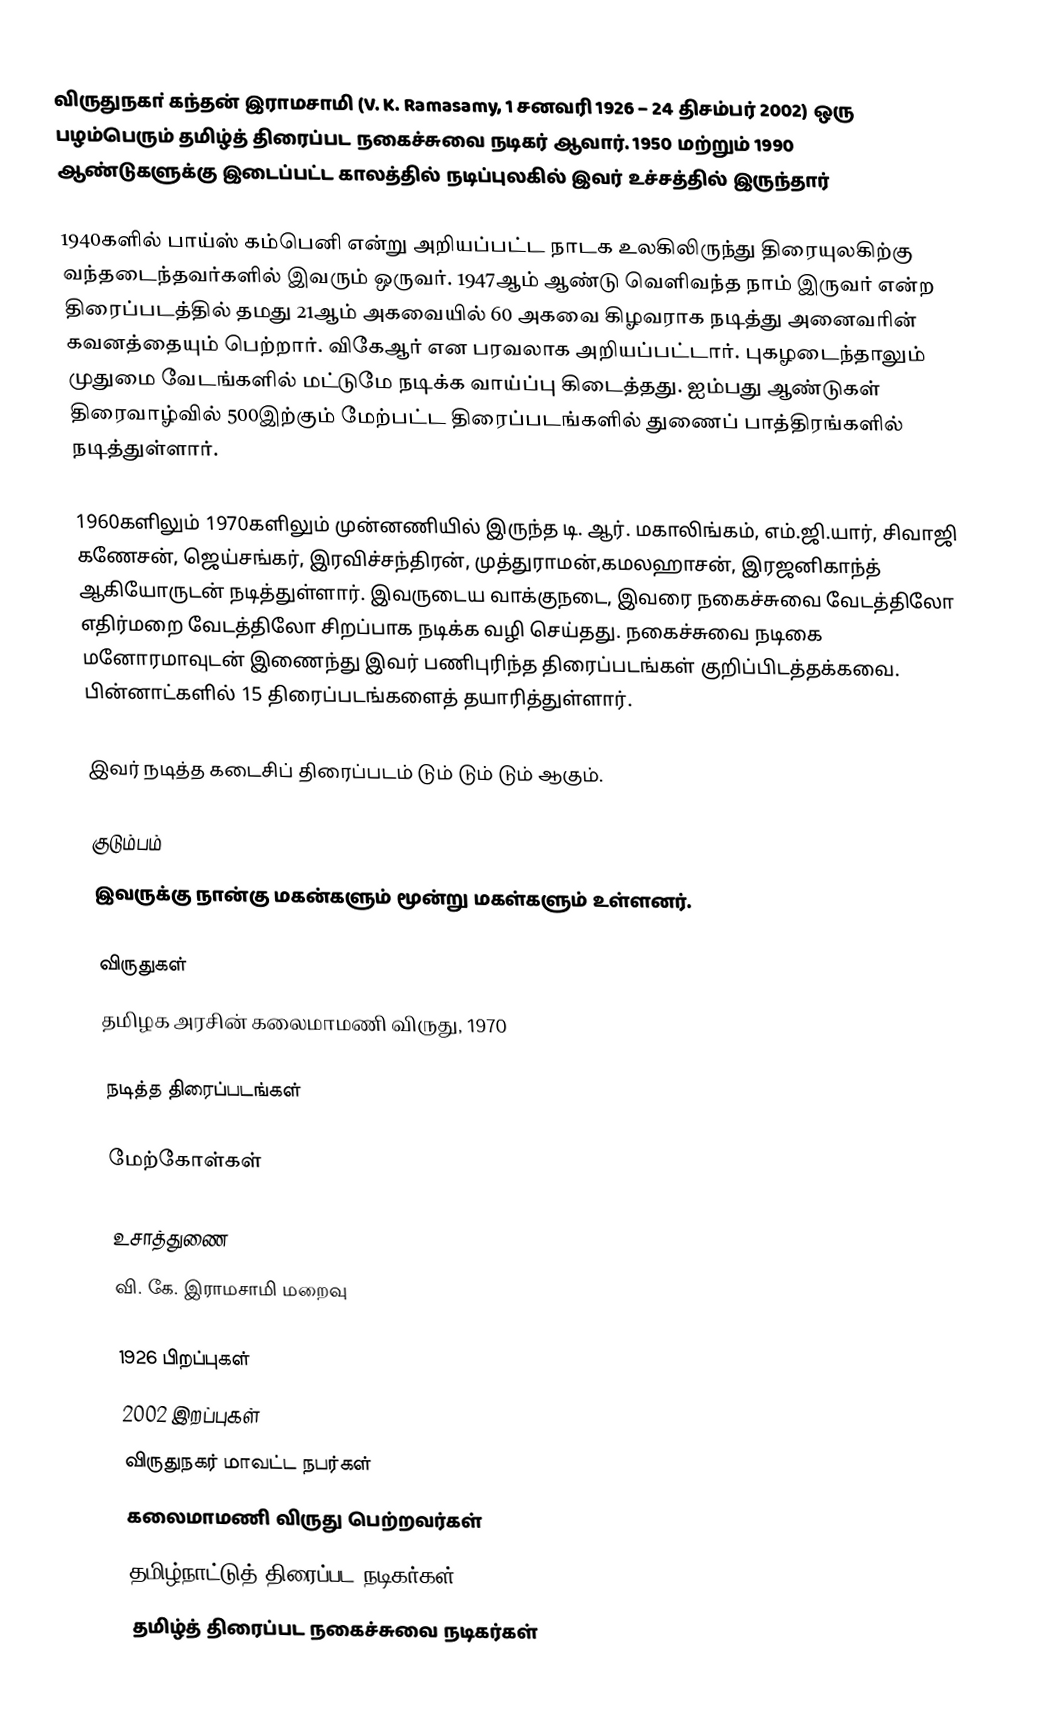
விருதுநகா் கந்தன் இராமசாமி (V. K. Ramasamy, 1 சனவரி 1926 – 24 திசம்பர் 2002) ஒரு பழம்பெரும் தமிழ்த் திரைப்பட நகைச்சுவை நடிகர் ஆவார். 1950 மற்றும் 1990 ஆண்டுகளுக்கு இடைப்பட்ட காலத்தில் நடிப்புலகில் இவர் உச்சத்தில் இருந்தார்

1940களில் பாய்ஸ் கம்பெனி என்று அறியப்பட்ட நாடக உலகிலிருந்து திரையுலகிற்கு வந்தடைந்தவர்களில் இவரும் ஒருவர். 1947ஆம் ஆண்டு வெளிவந்த நாம் இருவர் என்ற திரைப்படத்தில் தமது 21ஆம் அகவையில் 60 அகவை கிழவராக நடித்து அனைவரின் கவனத்தையும் பெற்றார். விகேஆர் என பரவலாக அறியப்பட்டார். புகழடைந்தாலும் முதுமை வேடங்களில் மட்டுமே நடிக்க வாய்ப்பு கிடைத்தது. ஐம்பது ஆண்டுகள் திரைவாழ்வில் 500இற்கும் மேற்பட்ட திரைப்படங்களில் துணைப் பாத்திரங்களில் நடித்துள்ளார்.

1960களிலும் 1970களிலும் முன்னணியில் இருந்த டி. ஆர். மகாலிங்கம், எம்.ஜி.யார், சிவாஜி கணேசன், ஜெய்சங்கர், இரவிச்சந்திரன், முத்துராமன்,கமலஹாசன், இரஜனிகாந்த் ஆகியோருடன் நடித்துள்ளார். இவருடைய வாக்குநடை, இவரை நகைச்சுவை வேடத்திலோ எதிர்மறை வேடத்திலோ சிறப்பாக நடிக்க வழி செய்தது. நகைச்சுவை நடிகை மனோரமாவுடன் இணைந்து இவர் பணிபுரிந்த திரைப்படங்கள் குறிப்பிடத்தக்கவை. பின்னாட்களில் 15 திரைப்படங்களைத் தயாரித்துள்ளார்.

இவர் நடித்த கடைசிப் திரைப்படம் டும் டும் டும் ஆகும்.

குடும்பம்
இவருக்கு நான்கு மகன்களும் மூன்று மகள்களும் உள்ளனர்.

விருதுகள்
தமிழக அரசின் கலைமாமணி விருது, 1970

நடித்த திரைப்படங்கள்

மேற்கோள்கள்

உசாத்துணை
வி. கே. இராமசாமி மறைவு

1926 பிறப்புகள்
2002 இறப்புகள்
விருதுநகர் மாவட்ட நபர்கள்
கலைமாமணி விருது பெற்றவர்கள்
தமிழ்நாட்டுத் திரைப்பட நடிகர்கள்
தமிழ்த் திரைப்பட நகைச்சுவை நடிகர்கள்